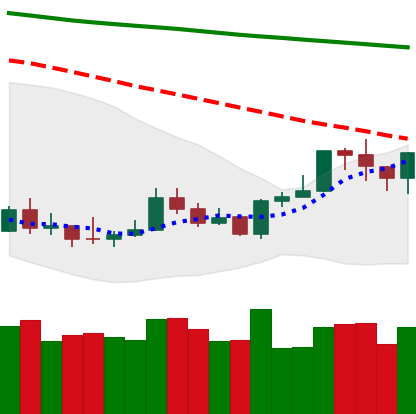
Ticker: ETH-USD
Chart end date: 2020-01-10
Forward return: 15.467%
Label: up_7plus